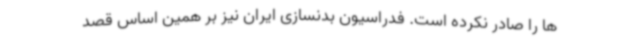
ها را صادر نکرده است. فدراسیون بدنسازی ایران نیز بر همین اساس قصد